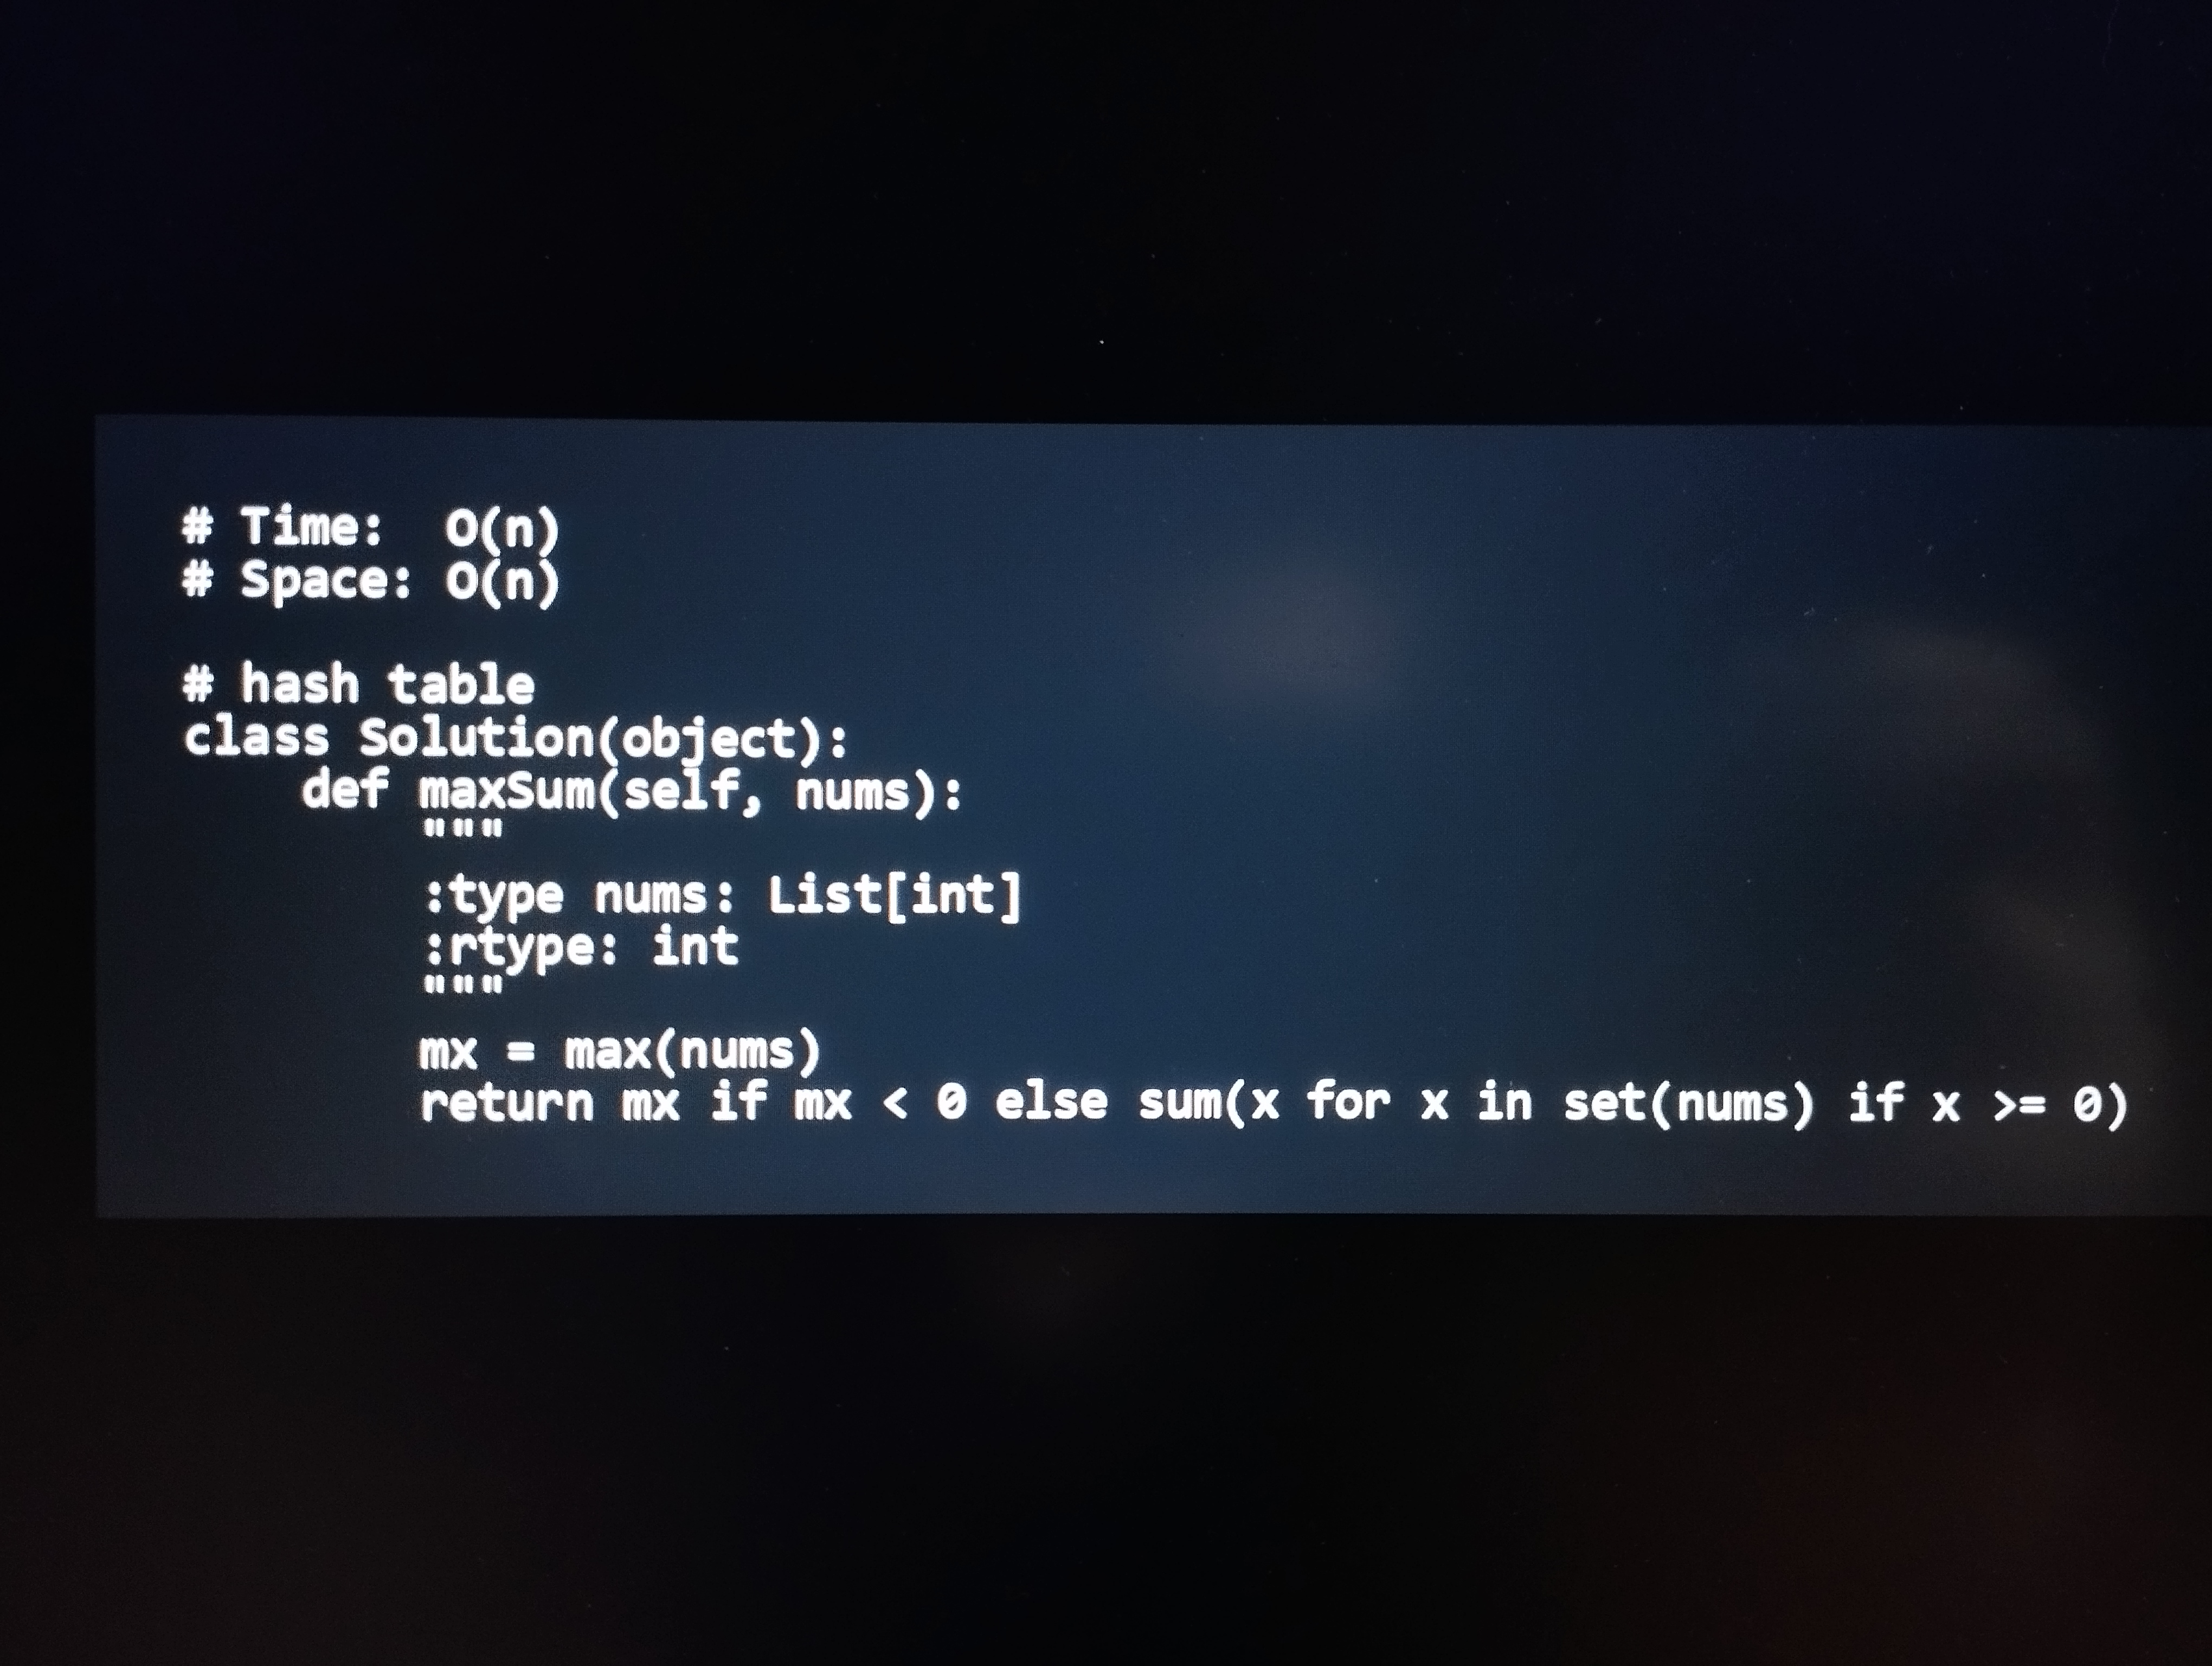
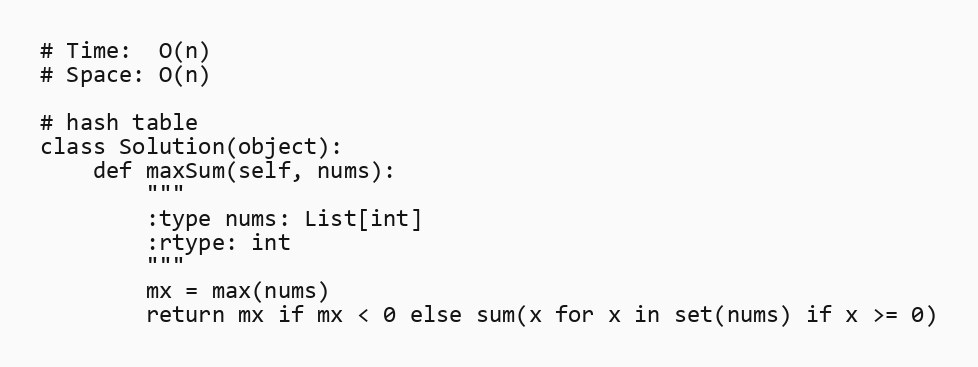
# Time:  O(n)
# Space: O(n)

# hash table
class Solution(object):
    def maxSum(self, nums):
        """
        :type nums: List[int]
        :rtype: int
        """
        mx = max(nums)
        return mx if mx < 0 else sum(x for x in set(nums) if x >= 0)